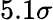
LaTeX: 5.1\sigma